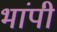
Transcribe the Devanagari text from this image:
भांपी